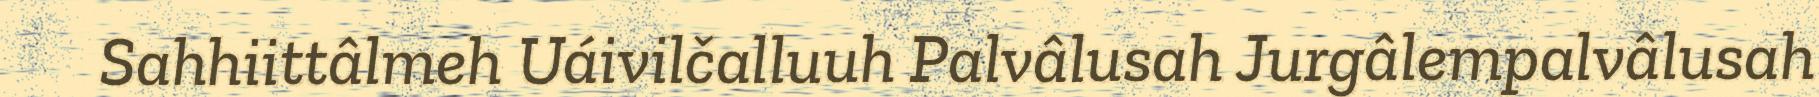
Sahhiittâlmeh Uáivilčalluuh Palvâlusah Jurgâlempalvâlusah